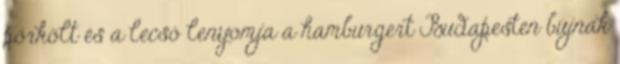
pörkölt és a lecsó lenyomja a hamburgert Budapesten bújnak